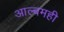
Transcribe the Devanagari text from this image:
आल्बमही